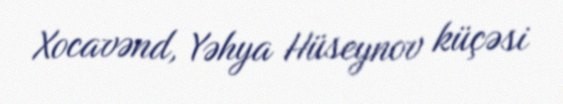
Xocavənd, Yəhya Hüseynov küçəsi